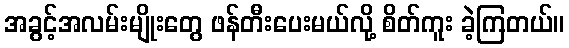
အခွင့်အလမ်းမျိုးတွေ ဖန်တီးပေးမယ်လို့ စိတ်ကူး ခဲ့ကြတယ်။